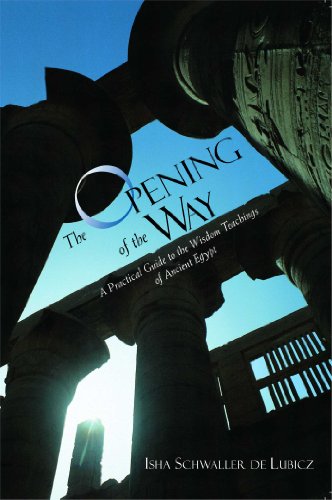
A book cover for The Opening of the Way: A Practical Guide to the Wisdom Teachings of Ancient Egypt; Isha Schwaller de Lubicz; History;